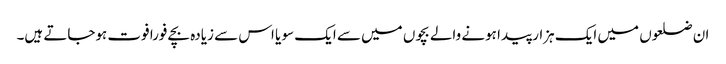
ان ضلعوں میں ایک ہزار پیدا ہونے والے بچوں میں سے ایک سو یا اس سے زیادہ بچے فورا فوت ہوجاتے ہیں۔